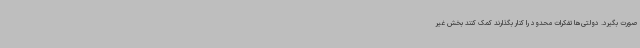
صورت بگیرد. دولتی‌ها تفکرات محدود را کنار بگذارند کمک کنند بخش غیر